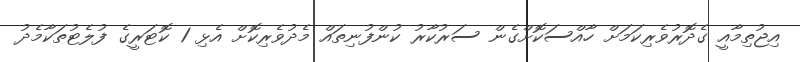
އިޖުތިމާއީ ގެދޮރުވެރިކަމަށް ހާއްސަކޮށްގެން ސަރުކާރު ކުންފުނިތައް މެދުވެރިކޮށް އެޅި 1 ކޮޓަރީގެ ފުލެޓުތަކާމެދު